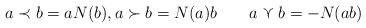
LaTeX: \begin{align*}a \prec b = a N(b), a \succ b = N(a) b ~~~ ~~~ a \curlyvee b = - N (ab)\end{align*}